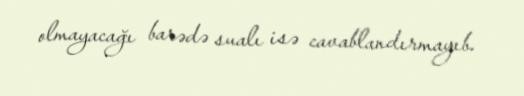
olmayacağı barədə sualı isə cavablandırmayıb.